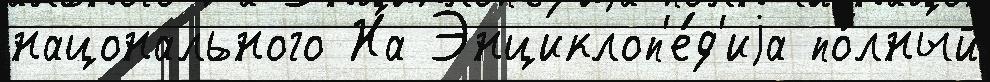
нацонального На Энциклоп'е́д'иjа по́лный